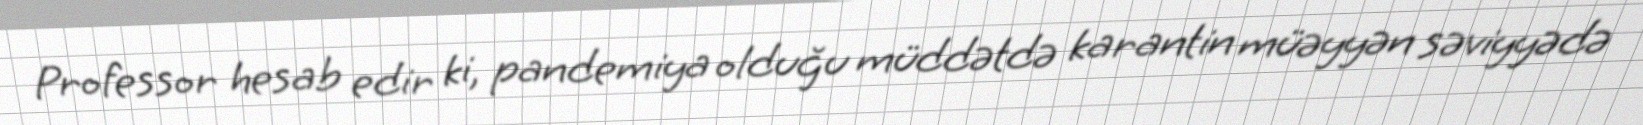
Professor hesab edir ki, pandemiya olduğu müddətdə karantin müəyyən səviyyədə